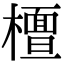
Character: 𣞀